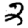
Digit: 2